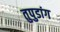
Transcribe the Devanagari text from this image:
तुपुडांग